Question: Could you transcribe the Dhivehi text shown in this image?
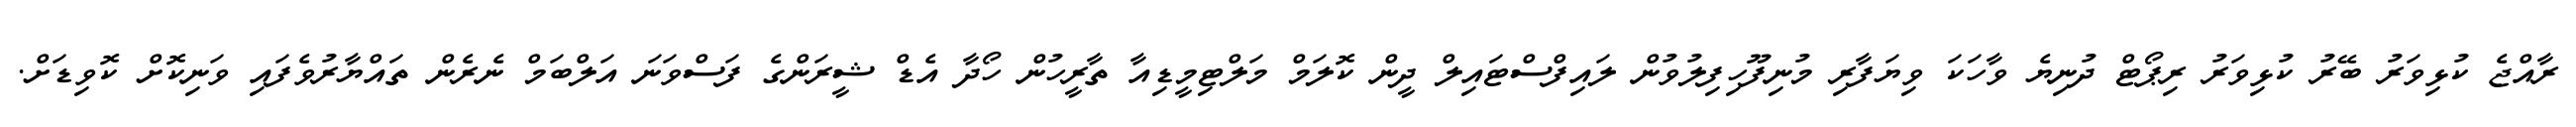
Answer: ރާއްޖެ ކުޅިވަރު ބޭރު ކުޅިވަރު ރިޕޯޓް ދުނިޔެ ވާހަކަ ވިޔަފާރި މުނިފޫހިފިލުވުން ލައިފްސްޓައިލް ދީން ކޮލަމް މަލްޓިމީޑިއާ ތާރީހުން ހޯދާ އެޑް ޝީރަންގެ ފަސްވަނަ އަލްބަމް ނެރެން ތައްޔާރުވެފައި ވަނިކޮށް ކޮވިޑަށް.